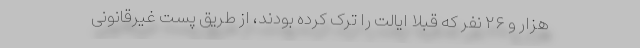
هزار و ۲۶ نفر که قبلاً ایالت را ترک کرده بودند، از طریق پست غیرقانونی